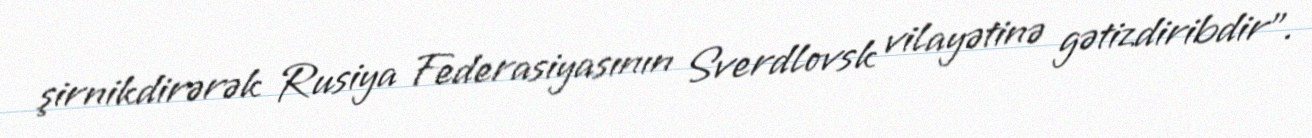
şirnikdirərək Rusiya Federasiyasının Sverdlovsk vilayətinə gətizdiribdir".